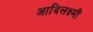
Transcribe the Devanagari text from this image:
आदिलक्ष्मी